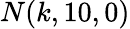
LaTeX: N(k,10,0)